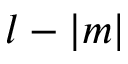
l - \vert m \vert